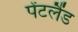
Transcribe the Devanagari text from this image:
पेंटलैंड